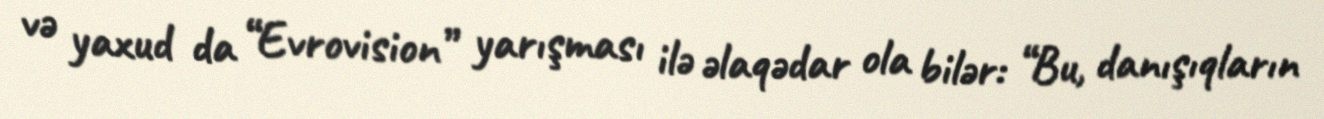
və yaxud da “Evrovision” yarışması ilə əlaqədar ola bilər: “Bu, danışıqların